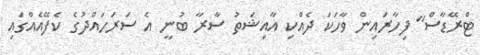
ޓްރޭޑާސް" ފިހާރައިން ވާހަކަ ދެއްކި އާއިޝަތު ސާރާ ބުނީ އެ ސަރަހައްދުގެ ކެފޭއެއްގައި